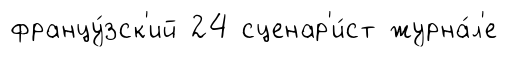
францу́зск'ий 24 сценар'и́ст журна́л'е